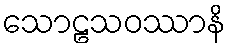
သောဠသဝဿာနိ